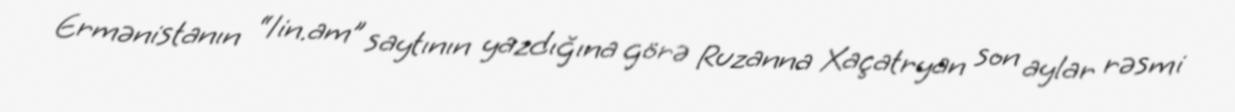
Ermənistanın “1in.am” saytının yazdığına görə Ruzanna Xaçatryan son aylar rəsmi